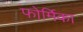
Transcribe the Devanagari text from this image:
फोर्मिका